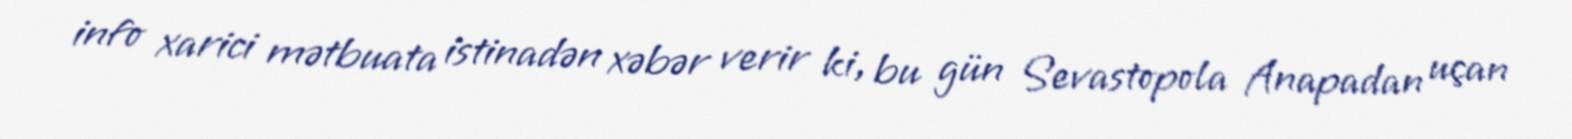
info xarici mətbuata istinadən xəbər verir ki, bu gün Sevastopola Anapadan uçan